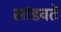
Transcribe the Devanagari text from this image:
सांडवते